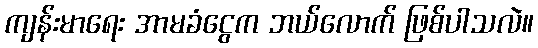
ကျန်းမာရေး အာမခံငွေက ဘယ်လောက် ဖြစ်ပါသလဲ။